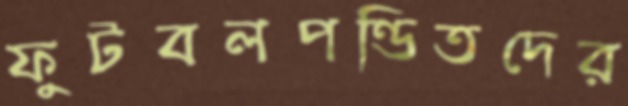
ফুটবলপণ্ডিতদের